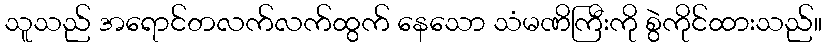
သူသည် အရောင်တလက်လက်ထွက် နေသော သံမဏိကြီးကို စွဲကိုင်ထားသည်။